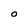
Character: O